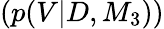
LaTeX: (p(V|D,M_{3}))